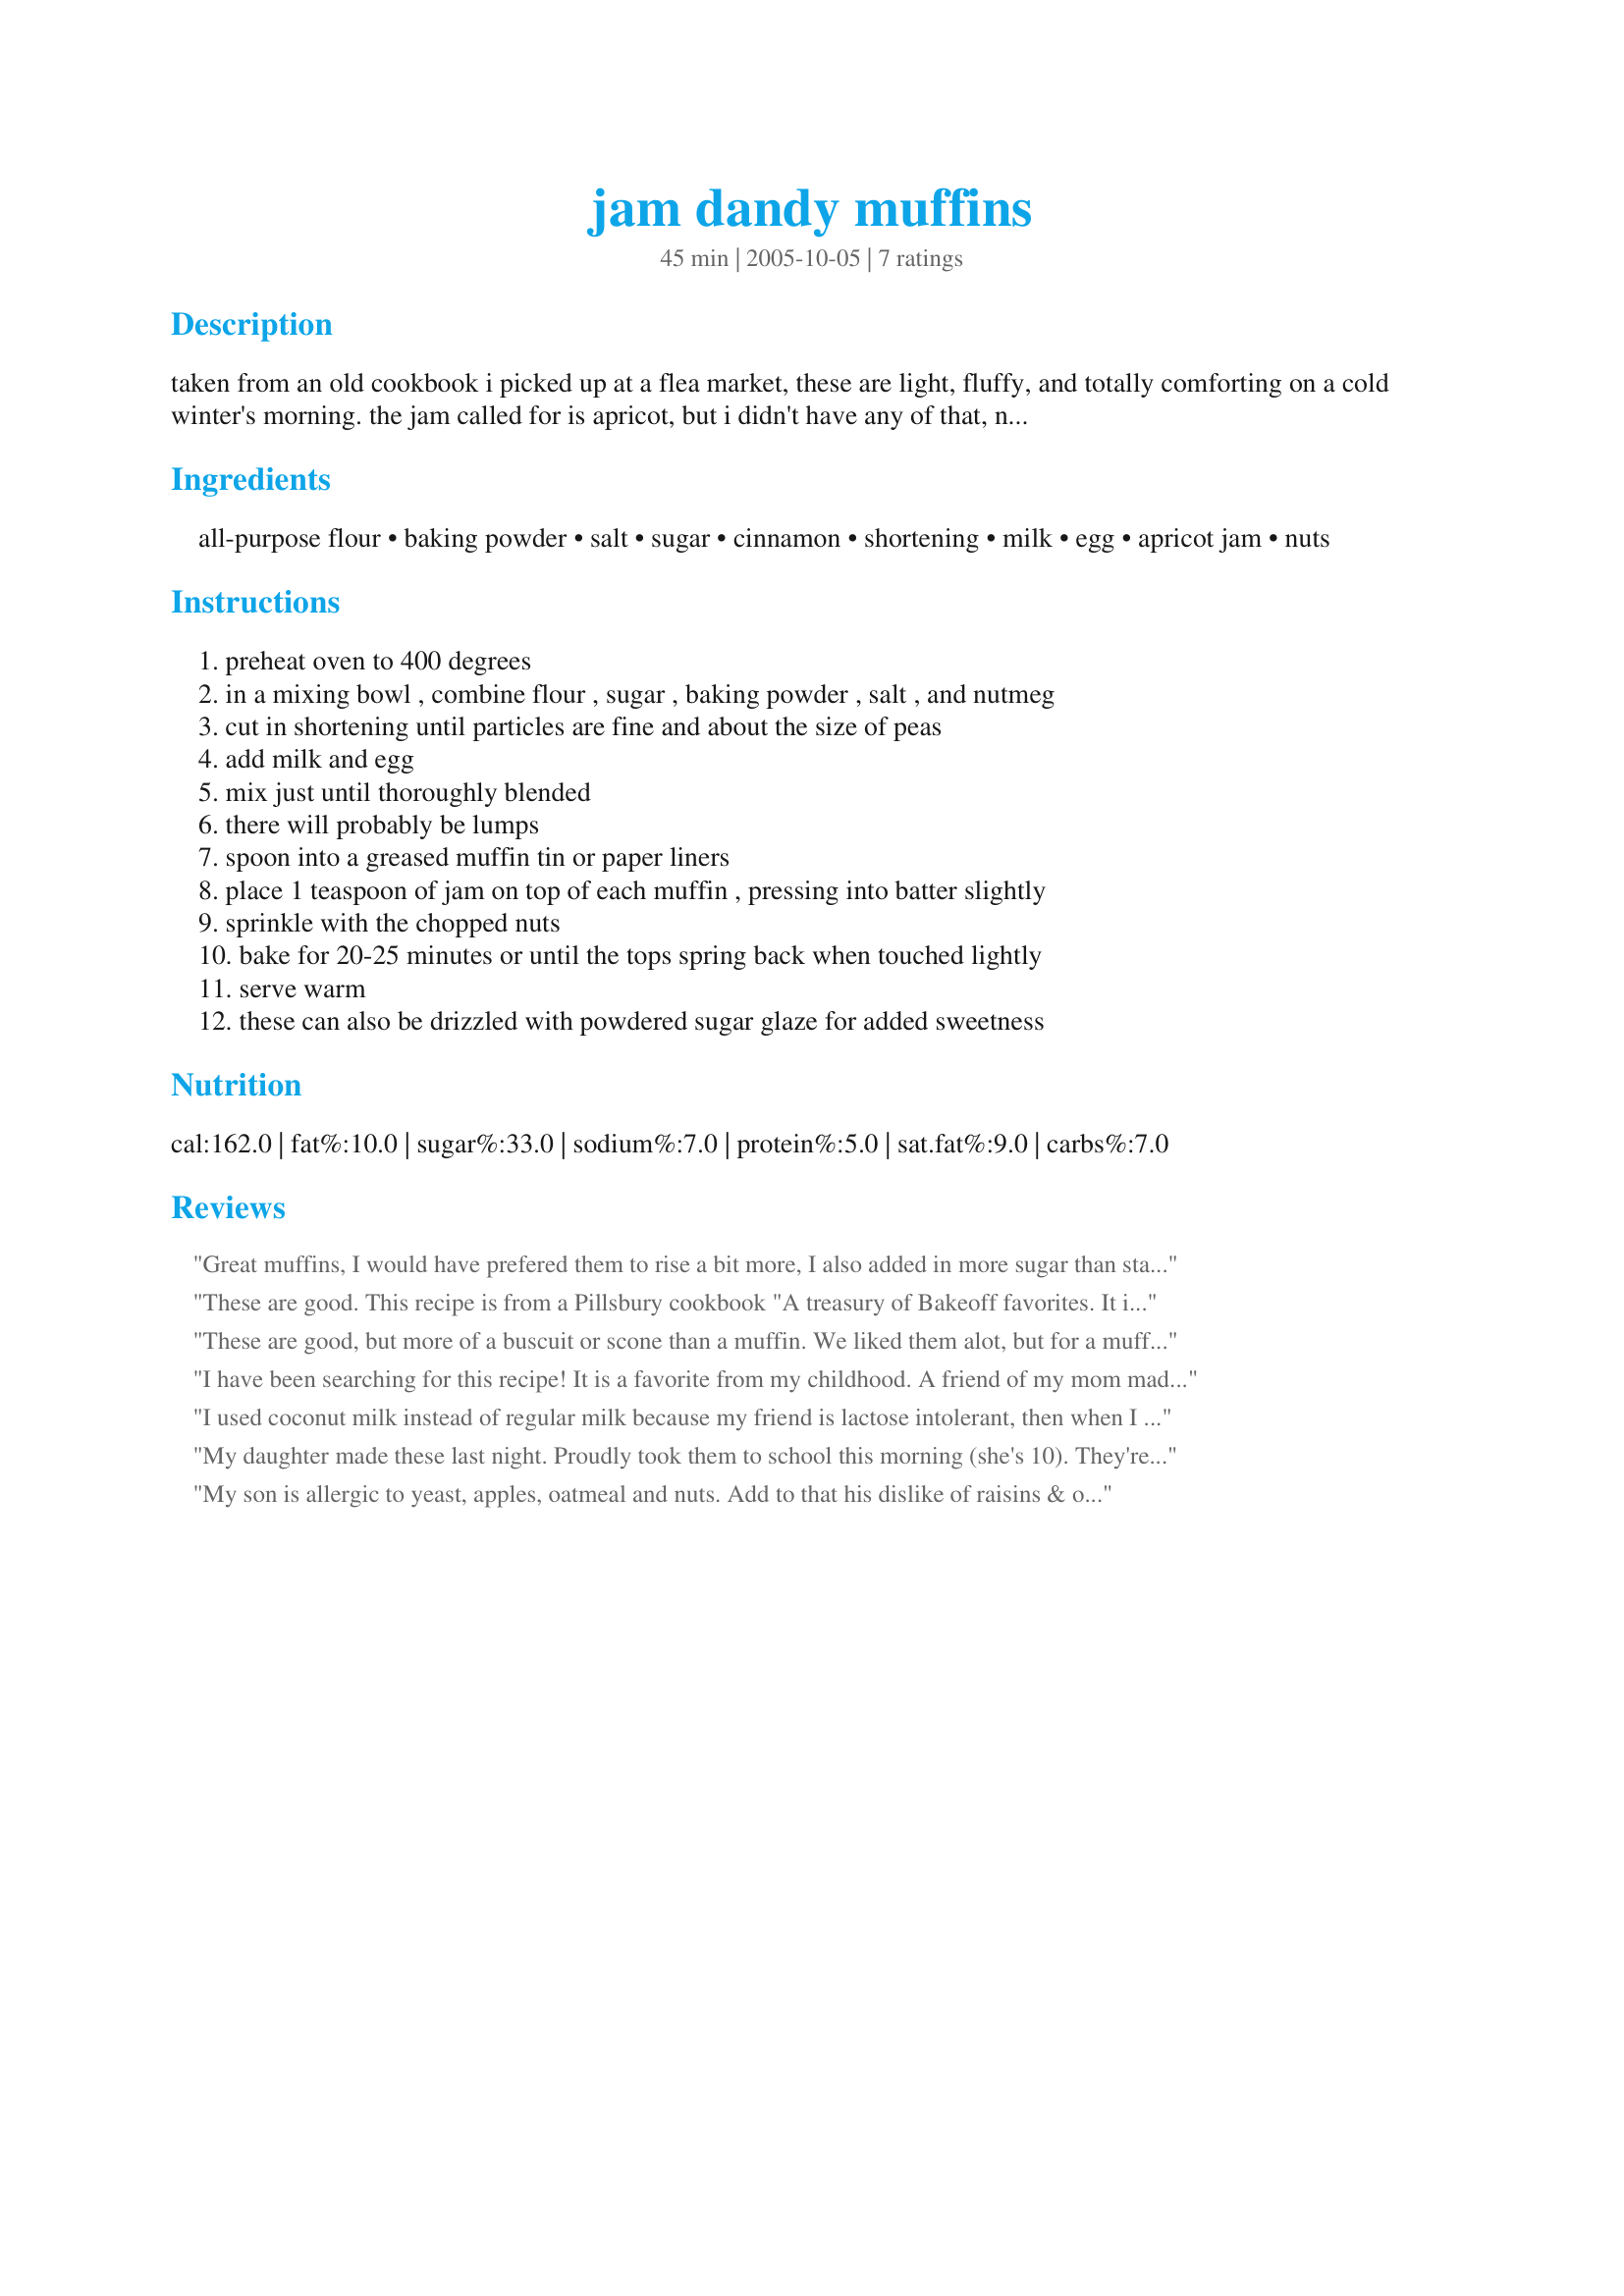
jam dandy muffins
Preparation time: 45 minutes

taken from an old cookbook i picked up at a flea market, these are light, fluffy, and totally comforting on a cold winter's morning. the jam called for is apricot, but i didn't have any of that, nor do i like apricots. sugar-free cherry jam from a local amish lady was my choice of filling. it was so deeelish! the muffins were so light and the jam was total decadence! i can't wait until i try the blueberry jam.

Ingredients:
all-purpose flour, baking powder, salt, sugar, cinnamon, shortening, milk, egg, apricot jam, nuts

Steps:
preheat oven to 400 degrees, in a mixing bowl , combine flour , sugar , baking powder , salt , and nutmeg, cut in shortening until particles are fine and about the size of peas, add milk and egg, mix just until thoroughly blended, there will probably be lumps, spoon into a greased muffin tin or paper liners, place 1 teaspoon of jam on top of each muffin , pressing into batter slightly, sprinkle with the chopped nuts, bake for 20-25 minutes or until the tops spring back when touched lightly, serve warm, these can also be drizzled with powdered sugar glaze for added sweetness

Reviews:
Great muffins, I would have prefered them to rise a bit more, I also added in more sugar than stated, but the taste was great! thanks Redneck!...Kitten:)
These are good. This recipe is from a Pillsbury cookbook "A treasury of Bakeoff favorites. It is a well-worn book in my collection. Any jam will do, I like apricot-pineapple jam myself but the low sugar jams do cut calories. If calories are not an issue, I have also used cherry pie filling too.
These are good, but more of a buscuit or scone than a muffin. We liked them alot, but for a muffin, I think it needed to rise a bit more.
I have been searching for this recipe! It is a favorite from my childhood. A friend of my mom made them and gave us the recipe and we had this beat up old recipe card that was well used. When I moved out, I never copied it and it got lost. These muffins are so good, but we always used raspberry jam.
I used coconut milk instead of regular milk because my friend is lactose intolerant, then when I went to put the egg in I realized that I didn't have any so I used 2 Tbs. applesauce. The muffins turned out super mist and fluffy! Delicious!
My daughter made these last night. Proudly took them to school this morning (she's 10). They're lovely. We made them with apricot jam, which sort of melded into the muffin. Delicious.
My son is allergic to yeast, apples, oatmeal and nuts. Add to that his dislike of raisins & other dried fruit and breakfast is a challenge! I'm always looking for breakfast ideas and these muffins were a hit. I substituted butter for the shortening, and a streusel topping for the nuts.
